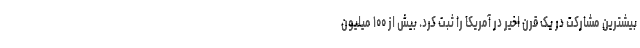
بیشترین مشارکت در یک قرن اخیر در آمریکا را ثبت کرد. بیش از ۱۰۰ میلیون